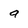
Character: q